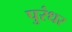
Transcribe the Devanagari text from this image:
पुरंधर